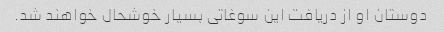
دوستان او از دریافت این سوغاتی بسیار خوشحال خواهند شد.